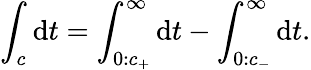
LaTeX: \int_{c}\mathrm{d}t=\int_{0:c_{+}}^{\infty}\mathrm{d}t-\int_{0:c_{-}}^{\infty}\mathrm{d}t.